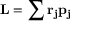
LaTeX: \mathbf { L } = \sum \mathbf { r _ { j } } \mathbf { p } \mathbf { _ { j } }